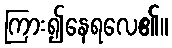
ကြား၍နေရလေ၏။